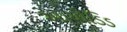
આયોડિડ